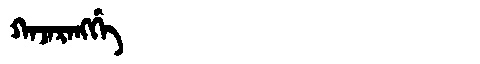
Manchu: ᡴᠠᠵᠠᡵᠠᠩᡤᡝ
Romanization: KAJARANGGE